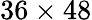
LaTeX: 36\times 48